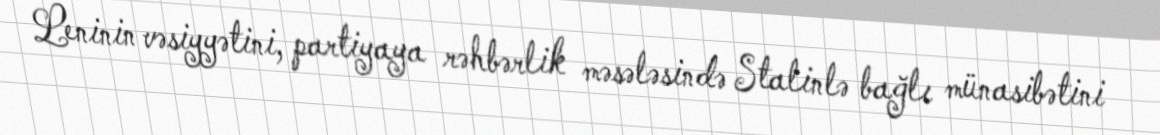
Leninin vəsiyyətini, partiyaya rəhbərlik məsələsində Stalinlə bağlı münasibətini